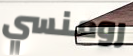
رومنسي